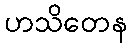
ဟသိတေန